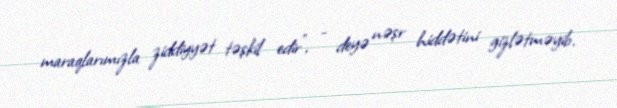
maraqlarımızla ziddiyyət təşkil edir", - deyə nəşr hiddətini gizlətməyib.